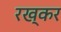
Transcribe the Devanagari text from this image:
रख्कर